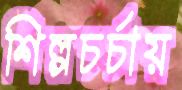
শিল্পচর্চায়